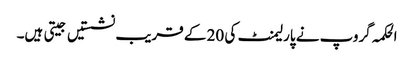
الحکمہ گروپ نے پارلیمنٹ کی 20 کے قریب نشستیں جیتی ہیں۔